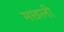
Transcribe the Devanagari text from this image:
मछली